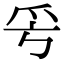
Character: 𤓳